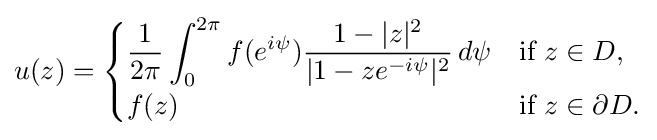
u(z)={\begin{cases}\displaystyle {\frac {1}{2\pi }}\int _{0}^{2\pi }f(e^{i\psi }){\frac {1-|z|^{2}}{|1-ze^{-i\psi }|^{2}}}\,d\psi &{\text{if }}z\in D,\\f(z)&{\text{if }}z\in \partial D.\end{cases}}